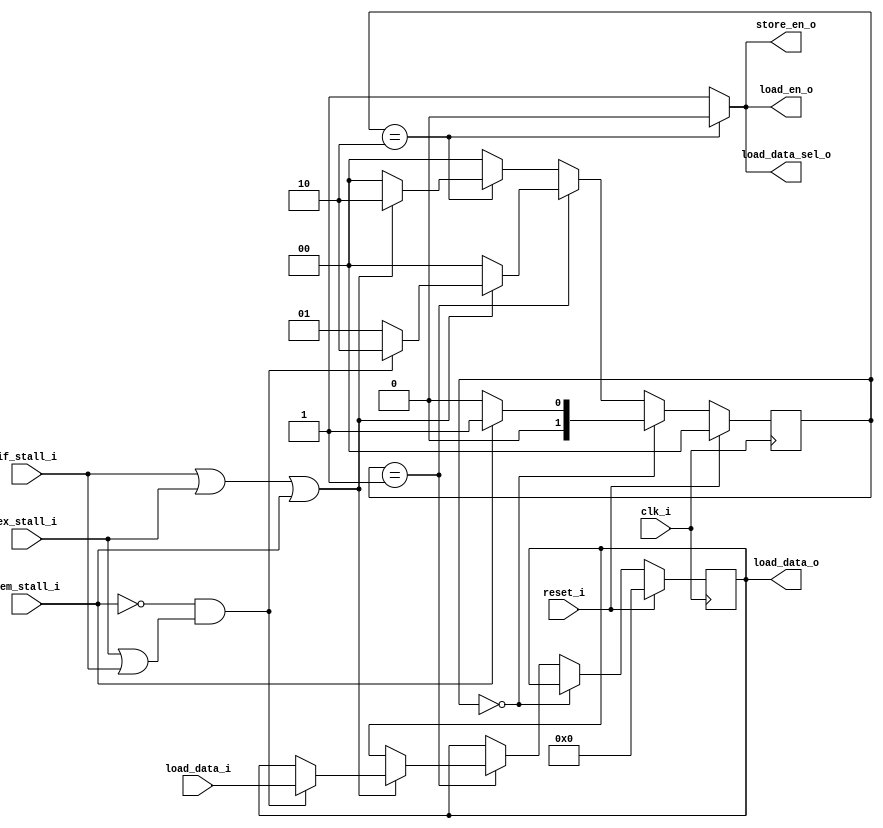
module control_load_store(
		input 				clk_i,
		input 				reset_i,
		input 				if_stall_i,
		input 				ex_stall_i,
		input 				mem_stall_i,
		input[31:0]			load_data_i,

		output reg 			load_en_o,
		output reg			store_en_o,
		output reg			load_data_sel_o,
		output reg[31:0] 	load_data_o
	);
//select
parameter sel_this_module = 0,
sel_cache = 1;


//FSM
parameter 	idle = 0,
in_mem_stall = 1,
out_mem_stall = 2;

		reg[1:0]		mem_fsm;
		wire 			non_stall;
		assign non_stall = !(if_stall_i | ex_stall_i | mem_stall_i);

		initial begin
			mem_fsm 	= idle;
			load_data_o = 32'h0;
		end

		//fsm transform
		always@(posedge clk_i) begin
			if (reset_i == 1'b1) begin
				mem_fsm 	<= idle;
				load_data_o <= 32'h0;
			end
			else if (mem_fsm == idle) begin
				if (mem_stall_i == 1'b1) begin
					mem_fsm <= in_mem_stall;
				end
				else begin
					mem_fsm <= idle;
				end
			end
			else if (mem_fsm == in_mem_stall) begin
				if (non_stall == 1'b1) begin
					mem_fsm <= idle;
				end
				else if (mem_stall_i == 1'b0 && (ex_stall_i == 1'b1 || if_stall_i == 1'b1)) begin
					mem_fsm <= out_mem_stall;
					load_data_o <= load_data_i;
				end
				else begin
					mem_fsm <= in_mem_stall;
				end
			end
			else if (mem_fsm == out_mem_stall) begin
				if (non_stall == 1'b1) begin
					mem_fsm <= idle;
				end
				else begin
					mem_fsm <= out_mem_stall;
				end
			end
			else begin
				mem_fsm <= idle;
			end
		end

		//output
		always@(*) begin
			case(mem_fsm)
				idle: begin
					load_en_o = 1'b1;
					store_en_o = 1'b1;
					load_data_sel_o = sel_cache;
				end
				in_mem_stall: begin
					load_en_o = 1'b1;
					store_en_o = 1'b1;
					load_data_sel_o = sel_cache;
				end
				out_mem_stall: begin
					load_en_o = 1'b0;
					store_en_o = 1'b0;
					load_data_sel_o = sel_this_module;
				end
                default: begin
                    load_en_o = 1'b1;
                    store_en_o = 1'b1;
                    load_data_sel_o = sel_cache;
                end
			endcase
		end


endmodule